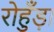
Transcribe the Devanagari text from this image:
रोहुँड़ा